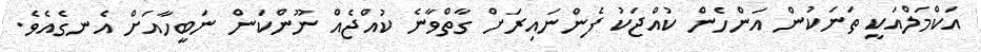
އަކްމަލްއަކީ ތަނަކުން އަންހެން ކުއްޖަކު ފެންނައިރަށް ގާތްވާނެ ކުއްޖެއް ނޫންކަން ނަބީހާއަށް އެނގެއެވެ.